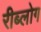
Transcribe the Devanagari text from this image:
रीब्लोग